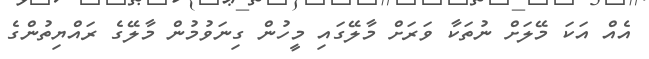
އެެއް އަކަ މޭލަށް ނުތަކާ ވަރަށް މާލޭގައި މީހުން ގިނަވުމުން މާލޭގެ ރައްޔިތުންގެ